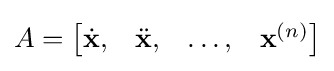
A={\begin{bmatrix}{\dot {\mathbf {x} }},&{\ddot {\mathbf {x} }},&\dots ,&{\mathbf {x} }^{(n)}\end{bmatrix}}